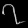
Digit: ၇